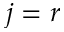
j = r